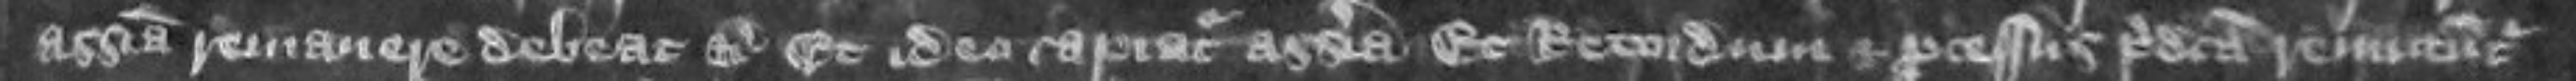
assisa remanere debeat etc Et ideo capiatur assisa Et recordum et processus predicta remaneant